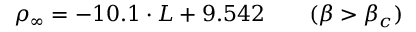
\rho _ { \infty } = - 1 0 . 1 \cdot L + 9 . 5 4 2 \qquad ( \beta > \beta _ { c } )